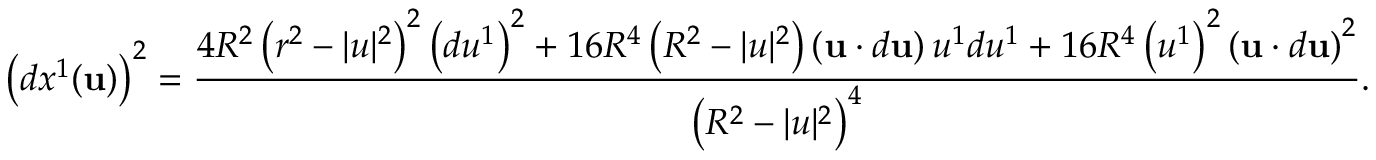
\left( d x ^ { 1 } ( \mathbf { u } ) \right) ^ { 2 } = { \frac { 4 R ^ { 2 } \left( r ^ { 2 } - | u | ^ { 2 } \right) ^ { 2 } \left( d u ^ { 1 } \right) ^ { 2 } + 1 6 R ^ { 4 } \left( R ^ { 2 } - | u | ^ { 2 } \right) \left( \mathbf { u } \cdot d \mathbf { u } \right) u ^ { 1 } d u ^ { 1 } + 1 6 R ^ { 4 } \left( u ^ { 1 } \right) ^ { 2 } \left( \mathbf { u } \cdot d \mathbf { u } \right) ^ { 2 } } { \left( R ^ { 2 } - | u | ^ { 2 } \right) ^ { 4 } } } .